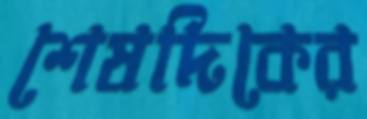
শেষদিকের